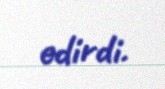
edirdi.